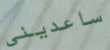
ساعديني